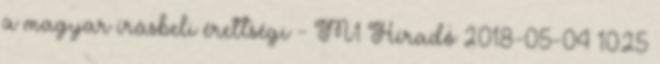
a magyar írásbeli érettségi - M1 Híradó 2018-05-04 10:25